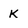
Character: K